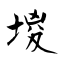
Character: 堫